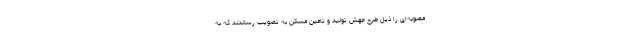
مصوبه‌ای را ذیل طرح جهش تولید و تامین مسکن به تصویب رساندند که به